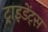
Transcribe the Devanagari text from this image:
ट्राइडेंट्स